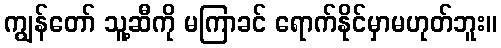
ကျွန်တော် သူ့ဆီကို မကြာခင် ရောက်နိုင်မှာမဟုတ်ဘူး။